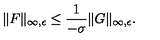
\| F \| _ { \infty , \epsilon } \leq \frac { 1 } { - \sigma } \| G \| _ { \infty , \epsilon } .